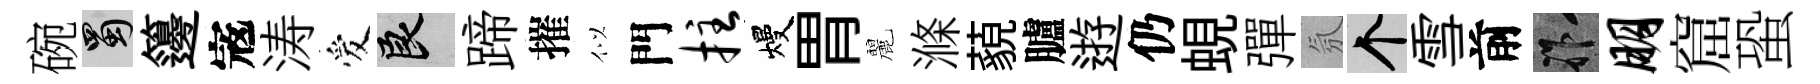
碗蜀籩𡨥涛爱良蹄摧似門拄熳胃麗滌藐臚逰仍蜆彈氛个雪前祚朋窟蛩